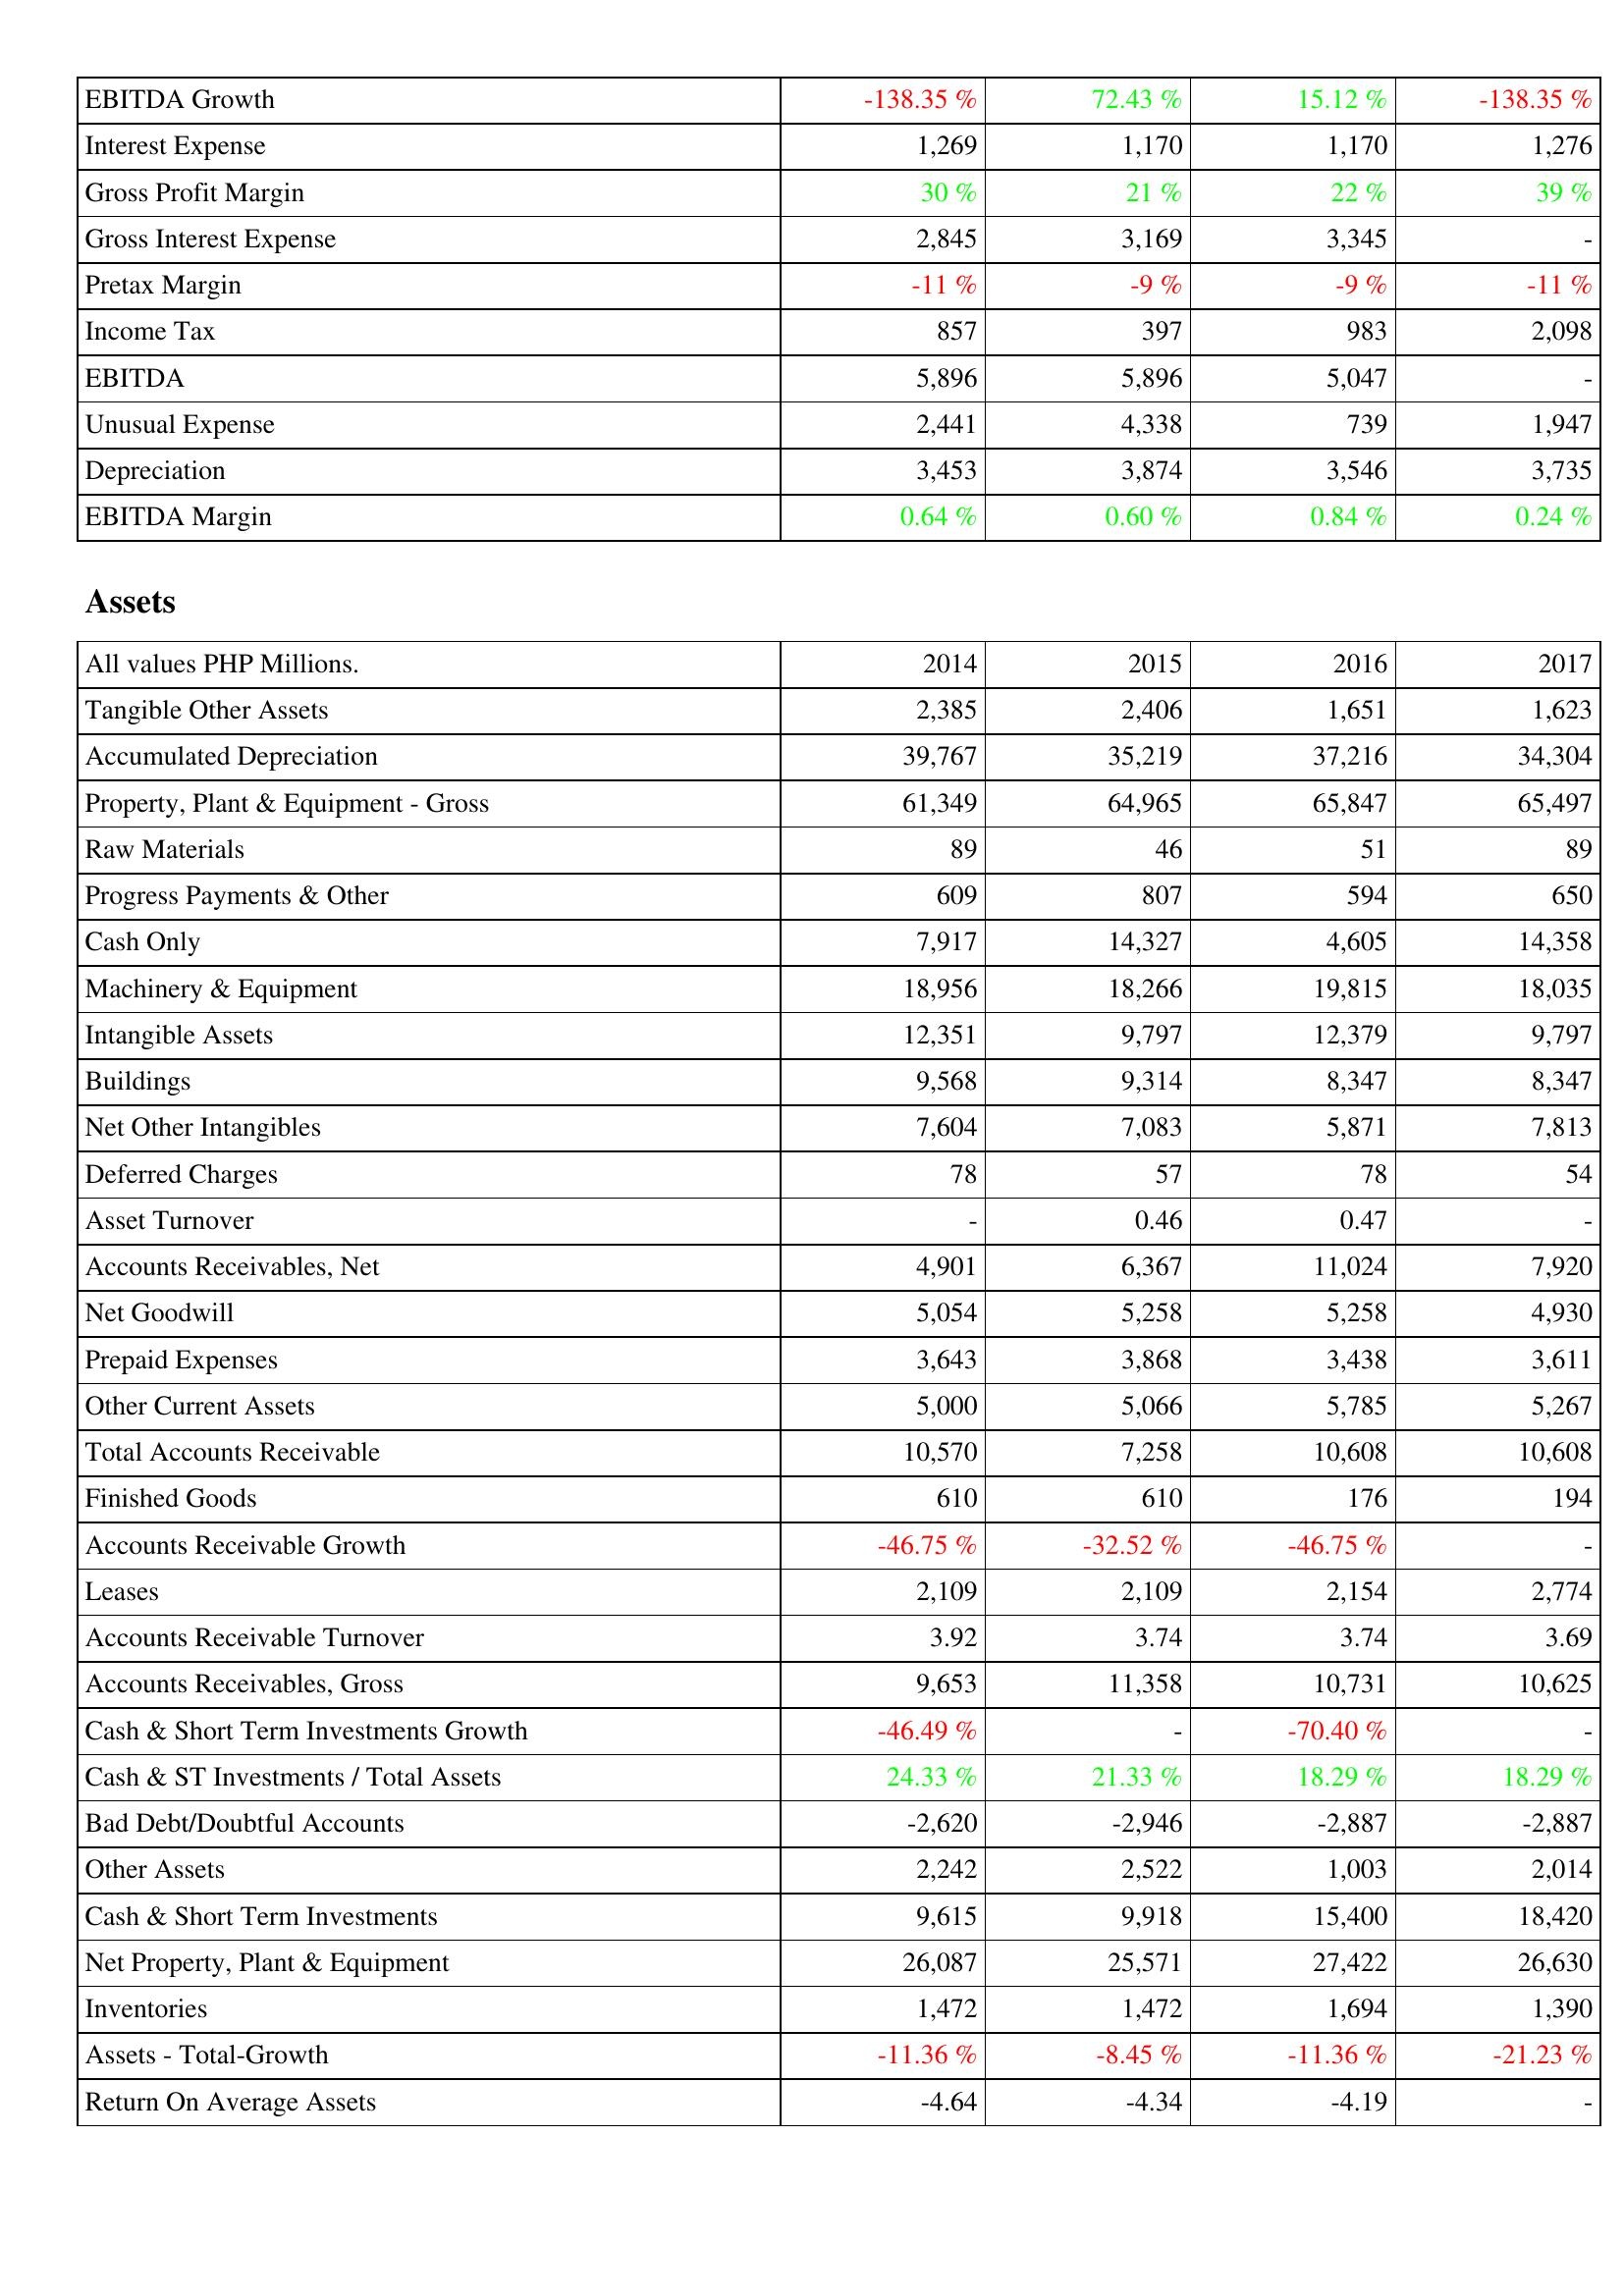
2014: Income Statement: EBITDA Growth: -138.35 %
Interest Expense: 1,269
Gross Profit Margin: 30 %
Gross Interest Expense: 2,845
Pretax Margin: -11 %
Income Tax: 857
EBITDA: 5,896
Unusual Expense: 2,441
Depreciation: 3,453
EBITDA Margin: 0.64 %
Assets: Tangible Other Assets: 2,385
Accumulated Depreciation: 39,767
Property, Plant & Equipment - Gross: 61,349
Raw Materials: 89
Progress Payments & Other: 609
Cash Only: 7,917
Machinery & Equipment: 18,956
Intangible Assets: 12,351
Buildings: 9,568
Net Other Intangibles: 7,604
Deferred Charges: 78
Asset Turnover: -
Accounts Receivables, Net: 4,901
Net Goodwill: 5,054
Prepaid Expenses: 3,643
Other Current Assets: 5,000
Total Accounts Receivable: 10,570
Finished Goods: 610
Accounts Receivable Growth: -46.75 %
Leases: 2,109
Accounts Receivable Turnover: 3.92
Accounts Receivables, Gross: 9,653
Cash & Short Term Investments Growth: -46.49 %
Cash & ST Investments / Total Assets: 24.33 %
Bad Debt/Doubtful Accounts: -2,620
Other Assets: 2,242
Cash & Short Term Investments: 9,615
Net Property, Plant & Equipment: 26,087
Inventories: 1,472
Assets - Total-Growth: -11.36 %
Return On Average Assets: -4.64
2015: Income Statement: EBITDA Growth: 72.43 %
Interest Expense: 1,170
Gross Profit Margin: 21 %
Gross Interest Expense: 3,169
Pretax Margin: -9 %
Income Tax: 397
EBITDA: 5,896
Unusual Expense: 4,338
Depreciation: 3,874
EBITDA Margin: 0.60 %
Assets: Tangible Other Assets: 2,406
Accumulated Depreciation: 35,219
Property, Plant & Equipment - Gross: 64,965
Raw Materials: 46
Progress Payments & Other: 807
Cash Only: 14,327
Machinery & Equipment: 18,266
Intangible Assets: 9,797
Buildings: 9,314
Net Other Intangibles: 7,083
Deferred Charges: 57
Asset Turnover: 0.46
Accounts Receivables, Net: 6,367
Net Goodwill: 5,258
Prepaid Expenses: 3,868
Other Current Assets: 5,066
Total Accounts Receivable: 7,258
Finished Goods: 610
Accounts Receivable Growth: -32.52 %
Leases: 2,109
Accounts Receivable Turnover: 3.74
Accounts Receivables, Gross: 11,358
Cash & Short Term Investments Growth: -
Cash & ST Investments / Total Assets: 21.33 %
Bad Debt/Doubtful Accounts: -2,946
Other Assets: 2,522
Cash & Short Term Investments: 9,918
Net Property, Plant & Equipment: 25,571
Inventories: 1,472
Assets - Total-Growth: -8.45 %
Return On Average Assets: -4.34
2016: Income Statement: EBITDA Growth: 15.12 %
Interest Expense: 1,170
Gross Profit Margin: 22 %
Gross Interest Expense: 3,345
Pretax Margin: -9 %
Income Tax: 983
EBITDA: 5,047
Unusual Expense: 739
Depreciation: 3,546
EBITDA Margin: 0.84 %
Assets: Tangible Other Assets: 1,651
Accumulated Depreciation: 37,216
Property, Plant & Equipment - Gross: 65,847
Raw Materials: 51
Progress Payments & Other: 594
Cash Only: 4,605
Machinery & Equipment: 19,815
Intangible Assets: 12,379
Buildings: 8,347
Net Other Intangibles: 5,871
Deferred Charges: 78
Asset Turnover: 0.47
Accounts Receivables, Net: 11,024
Net Goodwill: 5,258
Prepaid Expenses: 3,438
Other Current Assets: 5,785
Total Accounts Receivable: 10,608
Finished Goods: 176
Accounts Receivable Growth: -46.75 %
Leases: 2,154
Accounts Receivable Turnover: 3.74
Accounts Receivables, Gross: 10,731
Cash & Short Term Investments Growth: -70.40 %
Cash & ST Investments / Total Assets: 18.29 %
Bad Debt/Doubtful Accounts: -2,887
Other Assets: 1,003
Cash & Short Term Investments: 15,400
Net Property, Plant & Equipment: 27,422
Inventories: 1,694
Assets - Total-Growth: -11.36 %
Return On Average Assets: -4.19
2017: Income Statement: EBITDA Growth: -138.35 %
Interest Expense: 1,276
Gross Profit Margin: 39 %
Gross Interest Expense: -
Pretax Margin: -11 %
Income Tax: 2,098
EBITDA: -
Unusual Expense: 1,947
Depreciation: 3,735
EBITDA Margin: 0.24 %
Assets: Tangible Other Assets: 1,623
Accumulated Depreciation: 34,304
Property, Plant & Equipment - Gross: 65,497
Raw Materials: 89
Progress Payments & Other: 650
Cash Only: 14,358
Machinery & Equipment: 18,035
Intangible Assets: 9,797
Buildings: 8,347
Net Other Intangibles: 7,813
Deferred Charges: 54
Asset Turnover: -
Accounts Receivables, Net: 7,920
Net Goodwill: 4,930
Prepaid Expenses: 3,611
Other Current Assets: 5,267
Total Accounts Receivable: 10,608
Finished Goods: 194
Accounts Receivable Growth: -
Leases: 2,774
Accounts Receivable Turnover: 3.69
Accounts Receivables, Gross: 10,625
Cash & Short Term Investments Growth: -
Cash & ST Investments / Total Assets: 18.29 %
Bad Debt/Doubtful Accounts: -2,887
Other Assets: 2,014
Cash & Short Term Investments: 18,420
Net Property, Plant & Equipment: 26,630
Inventories: 1,390
Assets - Total-Growth: -21.23 %
Return On Average Assets: -